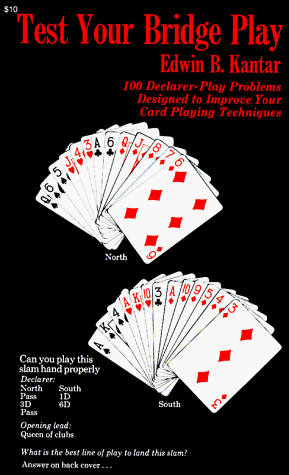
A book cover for Test Your Bridge Play: 100 Declarer-Play Problems Designed to Improve Your Card Playing Techniques (Melvin Powers Self-Improvement Library); Eddie Kantar; Humor & Entertainment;